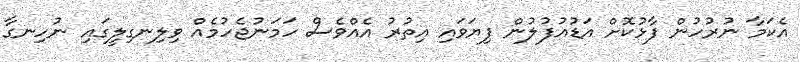
އެކަމާ ނުރުހުން ފާޅުކޮށް އަޑުއުފުލުން ފިޔަވައި އިތުރު އެއްވެސް ހަމަނުޖެހުމެއް ވިލިނގިލީގައި ނުހިނގާ